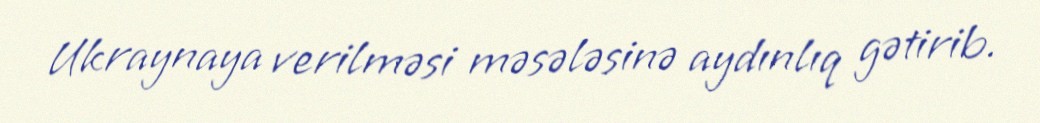
Ukraynaya verilməsi məsələsinə aydınlıq gətirib.